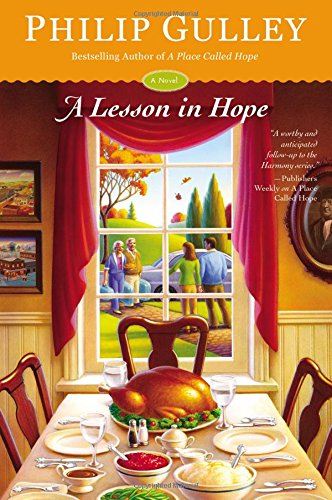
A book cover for A Lesson in Hope: A Novel; Philip Gulley; Literature & Fiction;